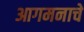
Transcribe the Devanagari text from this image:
आगमनाचे